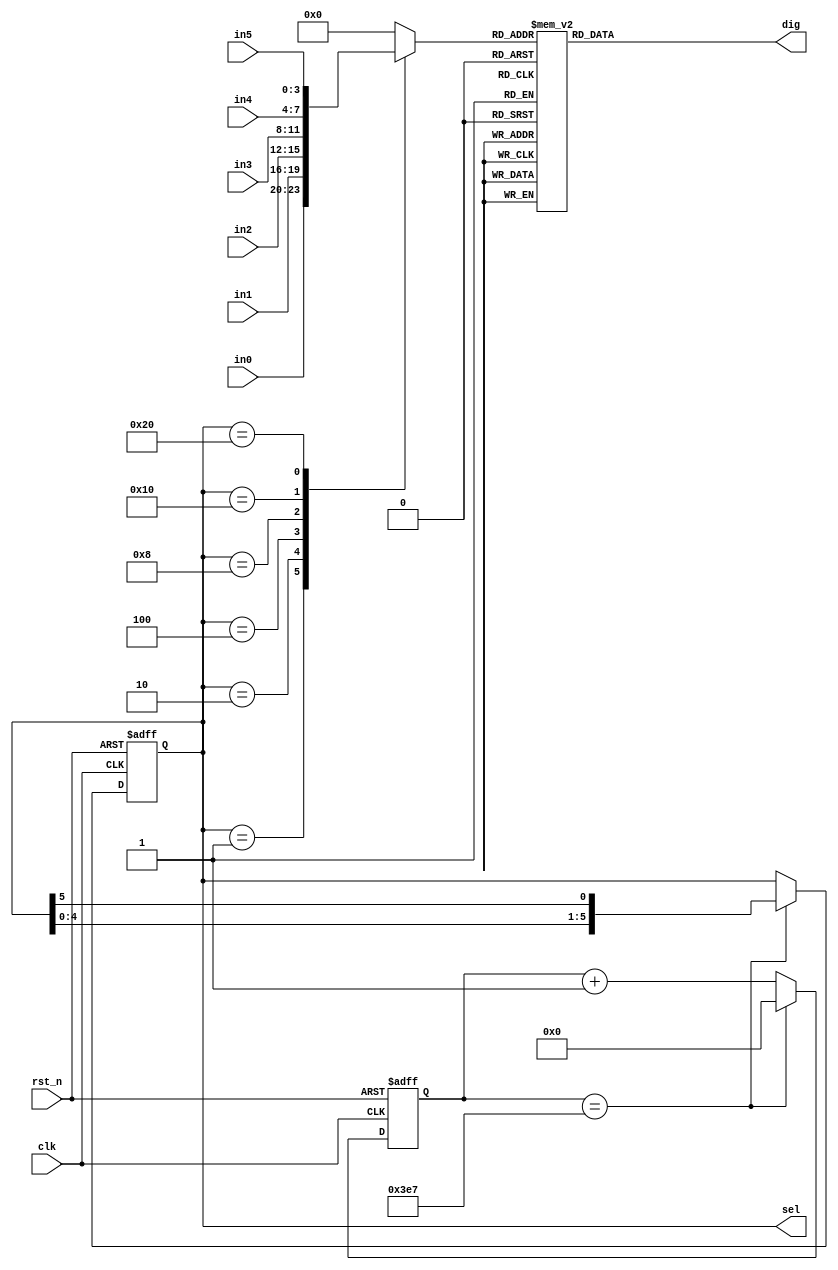
//
module seg_display
#(parameter CNT_SEL_MAX = 10'd999)
(
    input   wire        clk     ,
    input   wire        rst_n   ,
    input   wire[3:0]   in0     ,
    input   wire[3:0]   in1     ,
    input   wire[3:0]   in2     ,
    input   wire[3:0]   in3     ,
    input   wire[3:0]   in4     ,
    input   wire[3:0]   in5     ,
    
    output  reg[5:0]    sel     ,
    output  reg[7:0]    dig     
);
    

    reg [9:0] cnt_sel;      //

    reg [3:0] display_data;  //
    parameter DIG0 = 8'hc0,  //Dig, A
              DIG1 = 8'hf9,
              DIG2 = 8'ha4,
              DIG3 = 8'hb0,
              DIG4 = 8'h99,
              DIG5 = 8'h92,
              DIG6 = 8'h82,
              DIG7 = 8'hf8,
              DIG8 = 8'h80,
              DIG9 = 8'h90,
              DIG_ALL = 8'h00;
             
    //cnt_sel
    always @ (posedge clk or negedge rst_n) begin
        if(!rst_n) begin
            cnt_sel <= 10'd0;
        end else if(cnt_sel == CNT_SEL_MAX) begin
            cnt_sel <= 10'd0;
        end else begin
            cnt_sel <= cnt_sel + 10'd1;
        end

    end

    //sel
    //
    always @ (posedge clk or negedge rst_n) begin
        if(!rst_n) begin
            sel <= 6'b000001;
        end else if(cnt_sel == CNT_SEL_MAX) begin
            sel <= {sel[4:0],sel[5]};  //
        end else begin
            sel <= sel;
        end
    end
    
    
    //display_data
    //sel
    always @ (*) begin
        case(sel) 
            6'b000001: begin
                display_data = in0;
            end
            6'b000010: begin
                display_data = in1;
            end
            6'b000100: begin
                display_data = in2;
            end
            6'b001000: begin
                display_data = in3;
            end
            6'b010000: begin
                display_data = in4;
            end
            6'b100000: begin
                display_data = in5;
            end 
            default: begin
                display_data = 4'b0;
            end
        endcase
    
    end
    
    //dig
    always @ (*) begin
        case(display_data) 
            4'd0:begin
                dig = DIG0;
            end
            4'd1:begin
                dig = DIG1;
            end
            4'd2:begin
                dig = DIG2;
            end
            4'd3:begin
                dig = DIG3;
            end
            4'd4:begin
                dig = DIG4;
            end
            4'd5:begin
                dig = DIG5;
            end
            4'd6:begin
                dig = DIG6;
            end
            4'd7:begin
                dig = DIG7;
            end
            4'd8:begin
                dig = DIG8;
            end
            4'd9:begin
                dig = DIG9;
            end
            default:begin
                dig = DIG_ALL;
            end
        endcase
    
    end


endmodule